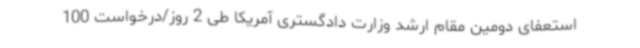
استعفای دومین مقام ارشد وزارت دادگستری آمریکا طی 2 روز/درخواست 100